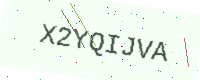
Text: X2YQIJVA